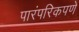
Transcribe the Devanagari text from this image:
पारंपरिकपणे